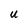
Character: U